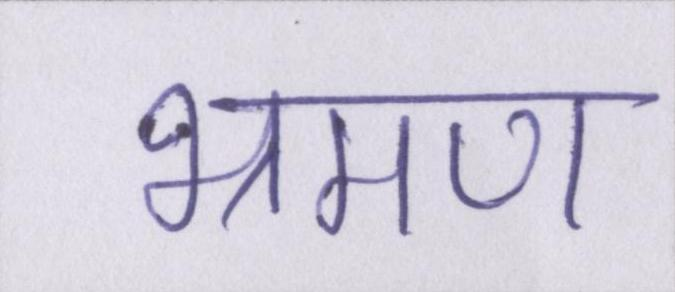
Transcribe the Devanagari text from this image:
भ्रमण